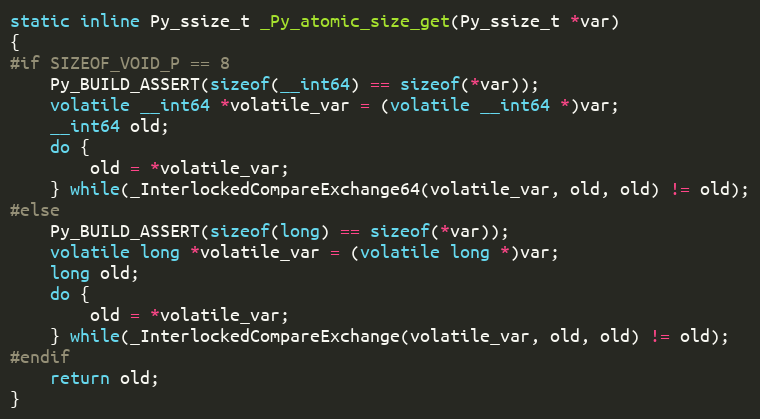
Language: C
static inline Py_ssize_t _Py_atomic_size_get(Py_ssize_t *var)
{
#if SIZEOF_VOID_P == 8
    Py_BUILD_ASSERT(sizeof(__int64) == sizeof(*var));
    volatile __int64 *volatile_var = (volatile __int64 *)var;
    __int64 old;
    do {
        old = *volatile_var;
    } while(_InterlockedCompareExchange64(volatile_var, old, old) != old);
#else
    Py_BUILD_ASSERT(sizeof(long) == sizeof(*var));
    volatile long *volatile_var = (volatile long *)var;
    long old;
    do {
        old = *volatile_var;
    } while(_InterlockedCompareExchange(volatile_var, old, old) != old);
#endif
    return old;
}